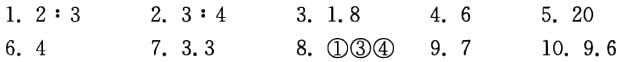
1. \(2:3\)

2. \(3:4\)

3. \(1.8\)

4. \(6\)

5. \(20\)

6. \(4\)

7. \(3.3\)

8. \(\textcircled{1}\textcircled{3}\textcircled{4}\)

9. \(7\)

10. \(9.6\)